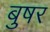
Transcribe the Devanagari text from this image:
बुषर